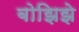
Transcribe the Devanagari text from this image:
बोझिझे